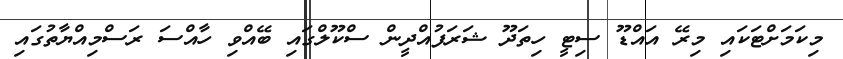
މިކަމަށްޓަކައި މިރޭ އައްޑޫ ސިޓީ ހިތަދޫ ޝަރަފުއްދީން ސްކޫލްގައި ބޭއްވި ހާއްސަ ރަސްމިއްޔާތުގައި